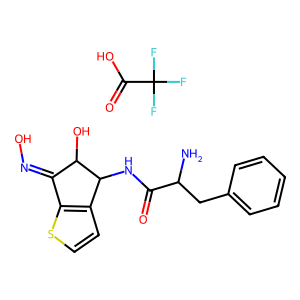
SMILES: NC(Cc1ccccc1)C(=O)NC1c2ccsc2C(=NO)C1O.O=C(O)C(F)(F)F
Inhibits HIV replication: No